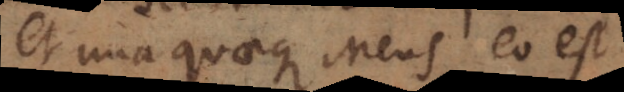
Et unaquaeque mens eo est